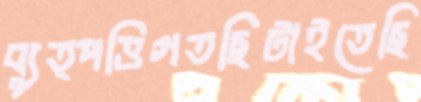
ব্যুত্পত্তিগতছিটাইতেছি